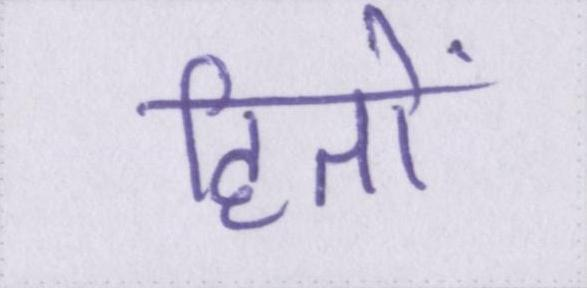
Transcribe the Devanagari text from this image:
हितों